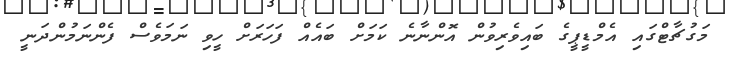
މަގުޗާޓްގައި އެމްޑީޕީގެ ބައިވެރިވުން އޮންނާނެ ކަމަށް ބައެއް ފަހަރަށް ހީވި ނަމަވެސް ފެންނަމުންދަނީ